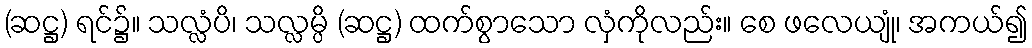
(ဆဋ္ဌ) ရင်၌။ သလ္လံပိ၊ သလ္လမ္ပိ (ဆဋ္ဌ) ထက်စွာသော လှံကိုလည်း။ စေ ဖလေယျုံ၊ အကယ်၍